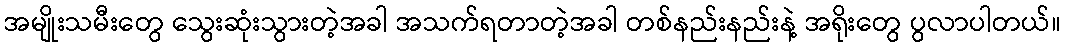
အမျိုးသမီးတွေ သွေးဆုံးသွားတဲ့အခါ အသက်ရတာတဲ့အခါ တစ်နည်းနည်းနဲ့ အရိုးတွေ ပွလာပါတယ်။